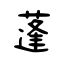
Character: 蓬